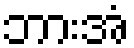
ဘားအံ